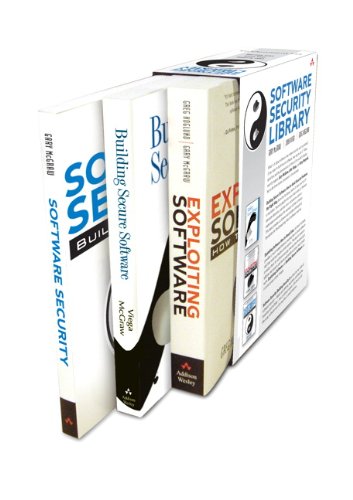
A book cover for Software Security Library Boxed Set, First Edition; Gary McGraw; Computers & Technology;